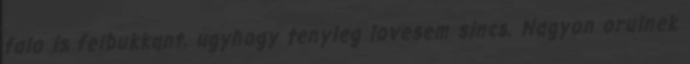
falo is felbukkant, ugyhogy tenyleg lovesem sincs. Nagyon orulnek